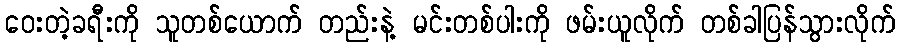
ဝေးတဲ့ခရီးကို သူတစ်ယောက် တည်းနဲ့ မင်းတစ်ပါးကို ဖမ်းယူလိုက် တစ်ခါပြန်သွားလိုက်